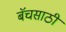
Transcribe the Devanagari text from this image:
बॅचसाठी